Lunatic asylums Bombay report 1891-1903 - 1891-1903
Year: 1891
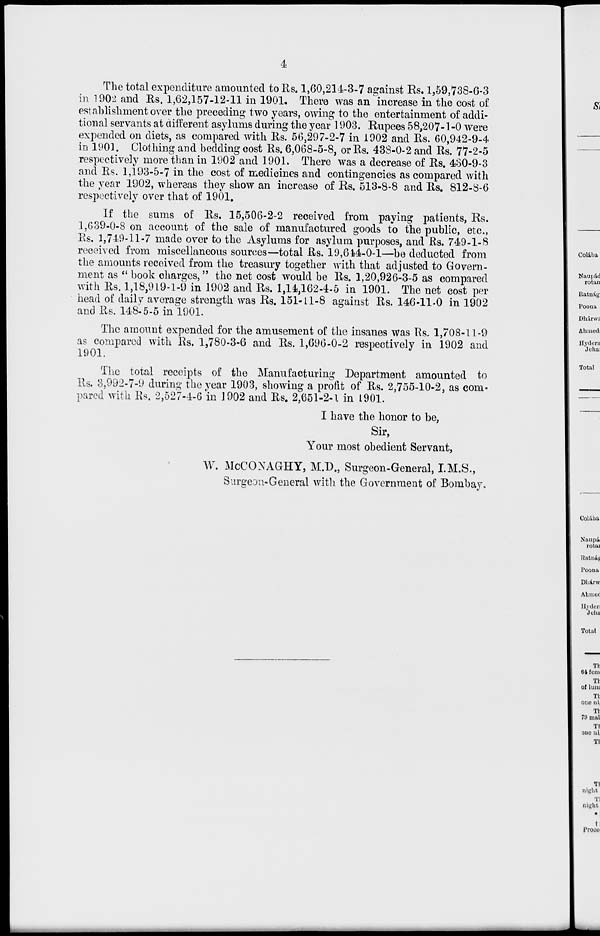
4
The total expenditure amounted to Rs. 1,60,214-3-7 against Rs. 1,59,738-6-3
in 1902 and Rs. 1,62,157-12-11 in 1901. There was an increase in the cost of
establishment over the preceding two years, owing to the entertainment of addi-
tional servants at different asylums during the year 1903. Rupees 58,207-1-0 were
expended on diets, as compared with Rs. 56,297-2-7 in 1902 and Rs. 60,942-9-4
in 1901. Clothing and bedding cost Rs. 6,068-5-8, or Rs. 438-0-2 and Rs. 77-2-5
respectively more than in 1902 and 1901. There was a decrease of Rs. 430-9-3
and Rs. 1,193-5-7 in the cost of medicines and contingencies as compared with
the year 1902, whereas they show an increase of Rs. 513-8-8 and Rs. 812-8-6
respectively over that of 1901.
If the sums of Rs. 15,506-2-2 received from paying patients, Rs.
1,639-0-8 on account of the sale of manufactured goods to the public, etc.,
Rs. 1,749-11-7 made over to the Asylums for asylum purposes, and Rs. 749-1-8
received from miscellaneous sources—total Rs. 19,644-0-1—be deducted from
the amounts received from the treasury together with that adjusted to Govern-
ment as " book charges," the net cost would be Rs. 1,20,926-3-5 as compared
with Rs. 1,18,919-1-9 in 1902 and Rs. 1,14,162-4-5 in 1901. The net cost per
head of daily average strength was Rs. 151-11-8 against Rs. 146-11-0 in 1902
and Rs. 148-5-5 in 1901.
The amount expended for the amusement of the insanes was Rs. 1,708-11-9
as compared with Rs. 1,780-3-6 and Rs. 1,696-0-2 respectively in 1902 and
1901.
The total receipts of the Manufacturing Department amounted to
Rs. 3,992-7-9 during the year 1903, showing a profit of Rs. 2,755-10-2, as com-
pared with Rs. 2,527-4-6 in 1902 and Rs. 2,651-2-1 in 1901.
I have the honor to be,
Sir,
Your most obedient Servant,
W. McCONAGHY, M.D., Surgeon-General, I.M.S.,
Surgeon-General with the Government of Bombay.